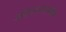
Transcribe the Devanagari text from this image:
अंतरशासनीय